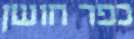
כפר חושן